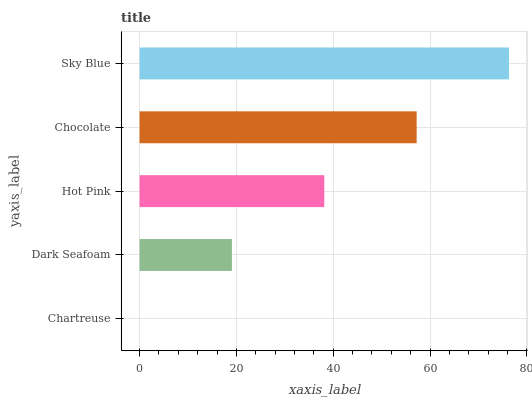
| yaxis_label | bars |
 | --- | --- |
 | Chartreuse | 0 |
 | Dark Seafoam | 19.1 |
 | Hot Pink | 38.2 |
 | Chocolate | 57.2 |
 | Sky Blue | 76.3 |